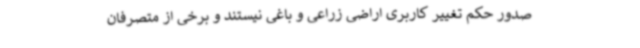
صدور حکم تغییر کاربری اراضی زراعی و باغی نیستند و برخی از متصرفان